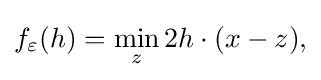
\displaystyle {f_{\varepsilon }(h)=\min _{z}2h\cdot (x-z),}